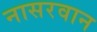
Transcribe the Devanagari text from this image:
नासरवान